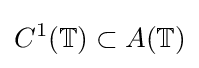
C^{1}(\mathbb {T} )\subset A(\mathbb {T} )